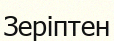
Зеріптен